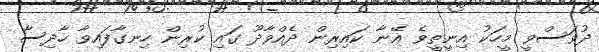
ދުވަސްވީ މީހަކު އިނީތީވެ އޭނާ ކައިރިން ދެއްވާދޫ ގައި ކުރިން ހިނގާފައިވާ ހާދިސާ